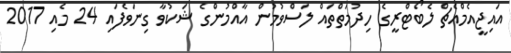
އައިޖީއެމްއެޗް ލެބޯޓްރީގެ ހިދުމަތްތައް ލަސްވުމުން އާއްމުންގެ ޝަކުވާ ގިނަވެފައި 24 މެއި 2017